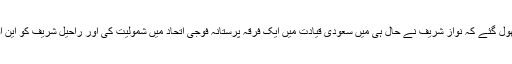
اور یہ بھی بھول گئے کہ نواز شریف نے حال ہی میں سعودی قیادت میں ایک فرقہ پرستانہ فوجی اتحاد میں شمولیت کی اور راحیل شریف کو این او سی دیا ہے۔